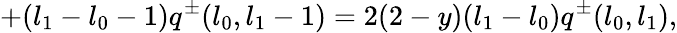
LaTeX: +(l_{1}-l_{0}-1)q^{\pm}(l_{0},l_{1}-1)=2(2-y)(l_{1}-l_{0})q^{\pm}(l_{0},l_{1}),